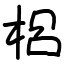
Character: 梠